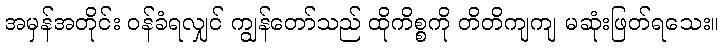
အမှန်အတိုင်း ဝန်ခံရလျှင် ကျွန်တော်သည် ထိုကိစ္စကို တိတိကျကျ မဆုံးဖြတ်ရသေး။